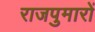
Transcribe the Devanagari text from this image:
राजपुमारों